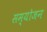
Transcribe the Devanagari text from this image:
सम्योजन